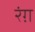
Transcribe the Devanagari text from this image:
रंग़